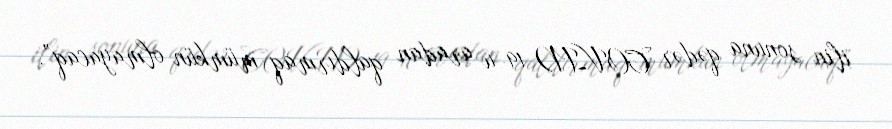
ilin sonuna qədər COVID-19-u aradan qaldırmaq mümkün olmayacaq”.